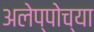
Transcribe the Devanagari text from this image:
अलेप्पोच्या